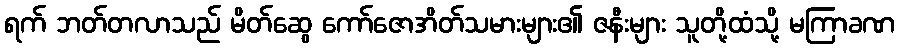
ရက် ဘတ်တလာသည် မိတ်ဆွေ ကော်ဇောအိတ်သမားများ၏ ဇနီးများ သူတို့ထံသို့ မကြာခဏ